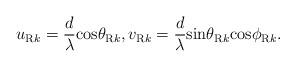
LaTeX: \begin{align*}u_{{\rm R}k}=\frac{d}{\lambda}{\rm cos}\theta_{{\rm R}k},v_{{\rm R}k}=\frac{d}{\lambda}{\rm sin}\theta_{{\rm R}k}{\rm cos}\phi_{{\rm R}k}.\end{align*}